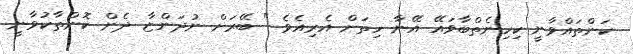
ކަންތައްވާނީ ކިހިނެތްބާވައޭ އޭނާ ހިތަށް އެރިއެވެ " ބޭރަށް ނުދަންޏާ ދެން ކޮންތާކުވާނީ